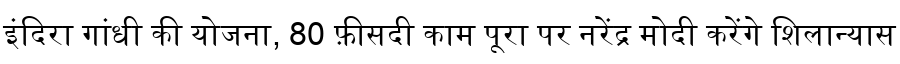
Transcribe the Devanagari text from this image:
इंदिरा गांधी की योजना, 80 फ़ीसदी काम पूरा पर नरेंद्र मोदी करेंगे शिलान्यास